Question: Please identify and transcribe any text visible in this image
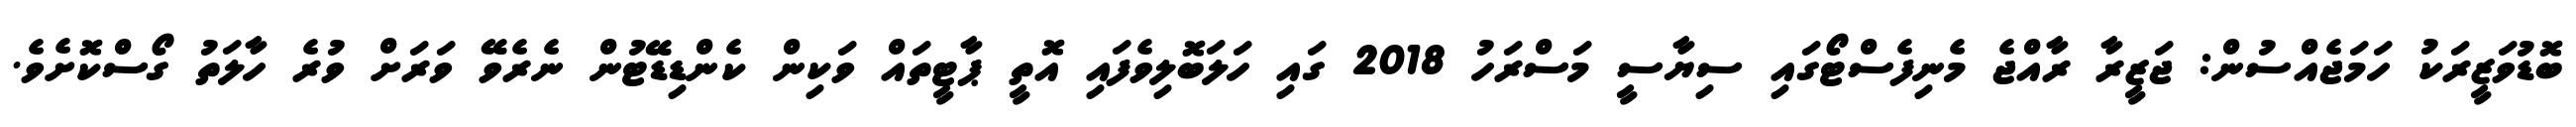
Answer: ބޮޑުވަޒީރަކު ހަމަޖެއްސުން: ޖަޒީރާ ރާއްޖެ މެނިފެސްޓޯގައި ސިޔާސީ މަސްރަހު 2018 ގައި ހަލަބޮލިވެފައި އޮތީ ޕާޓީތައް ވަކިން ކެންޑިޑޭޓުން ނެރެވޭ ވަރަށް ވުރެ ހާލަތު ގޯސްކޮށެވެ.